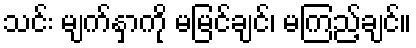
သင်း မျက်နှာကို မမြင်ချင်၊ မကြည့်ချင်။